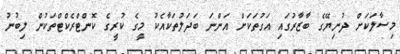
މިސާލަކަށް ދުނިޔޭގެ ބާޒާރުގައި އަގުތަކަށް އަންނަ ބަދަލުތަކާއެކު މީގެ ކުރީގެ ކޮންޓްރެކްޓްތަކުން ލިބުނު